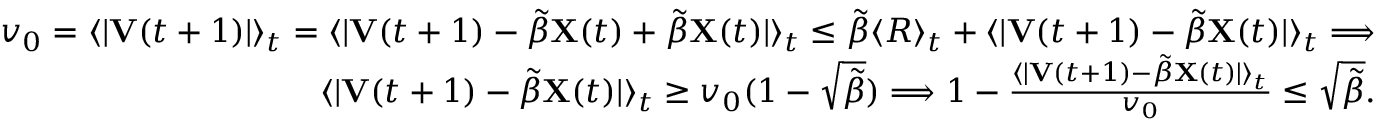
\begin{array} { r l r } & { } & { v _ { 0 } = \langle | \mathbf { V } ( t + 1 ) | \rangle _ { t } = \langle | \mathbf { V } ( t + 1 ) - \tilde { \beta } \mathbf { X } ( t ) + \tilde { \beta } \mathbf { X } ( t ) | \rangle _ { t } \leq \tilde { \beta } \langle R \rangle _ { t } + \langle | \mathbf { V } ( t + 1 ) - \tilde { \beta } \mathbf { X } ( t ) | \rangle _ { t } \Longrightarrow } \\ & { } & { \langle | \mathbf { V } ( t + 1 ) - \tilde { \beta } \mathbf { X } ( t ) | \rangle _ { t } \geq v _ { 0 } ( 1 - \sqrt { \tilde { \beta } } ) \Longrightarrow 1 - \frac { \langle | \mathbf { V } ( t + 1 ) - \tilde { \beta } \mathbf { X } ( t ) | \rangle _ { t } } { v _ { 0 } } \leq \sqrt { \tilde { \beta } } . } \end{array}